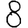
Digit: 8